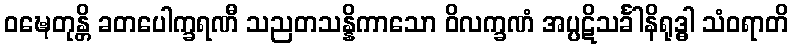
ဝဍ္ဎေတုန္တိ ခတပေါက္ခရဏီ သညတသန္နိကာသော ဝိလက္ခဏံ အပ္ပဋိသင်္ခါနိရုဒ္ဓါ သံဝရာတိ